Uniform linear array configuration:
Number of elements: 16
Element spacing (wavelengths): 0.5
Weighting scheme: hann
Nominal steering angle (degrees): -60
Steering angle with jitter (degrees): -60.227
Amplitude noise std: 0.05
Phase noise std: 0.05

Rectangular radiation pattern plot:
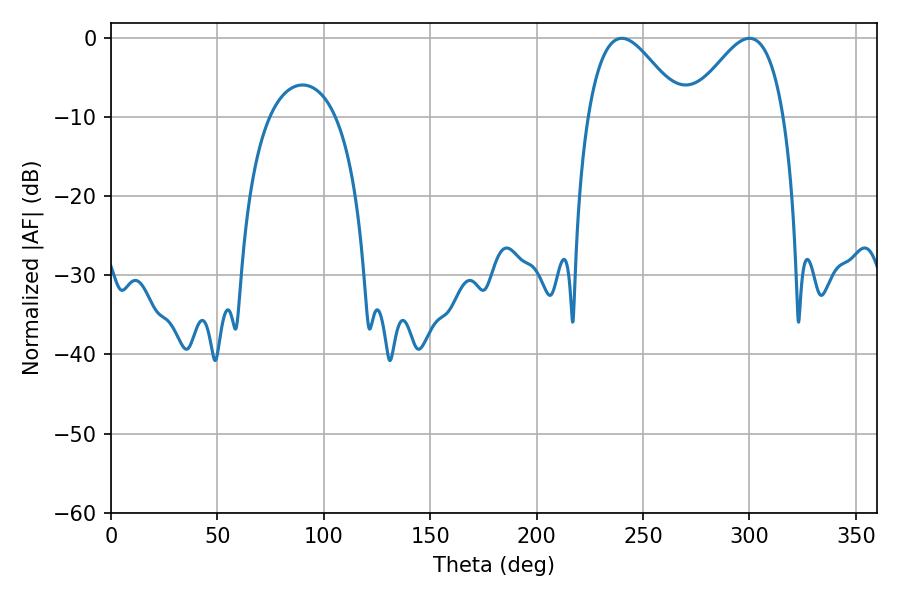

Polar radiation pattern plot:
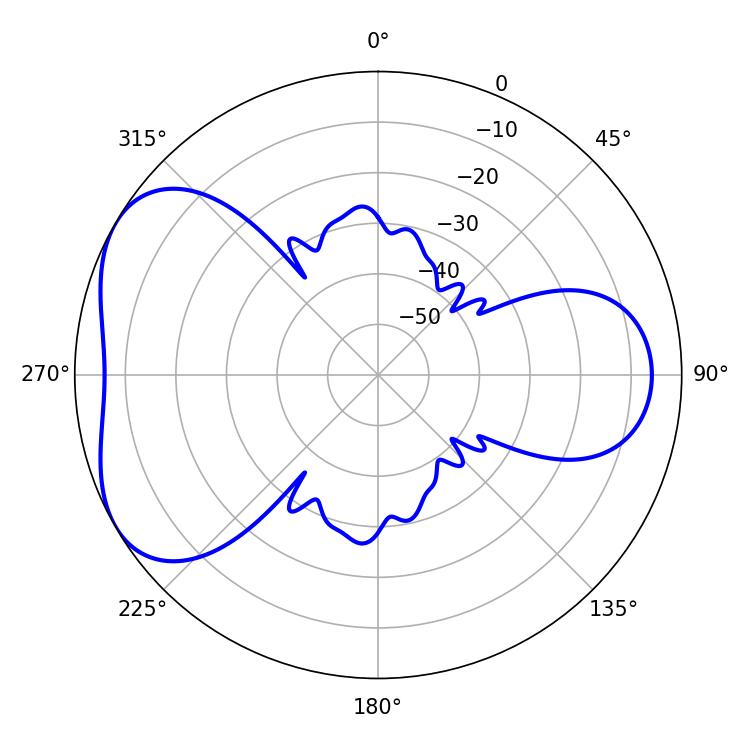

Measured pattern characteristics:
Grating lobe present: FALSE
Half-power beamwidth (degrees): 23.94
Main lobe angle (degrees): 239.94